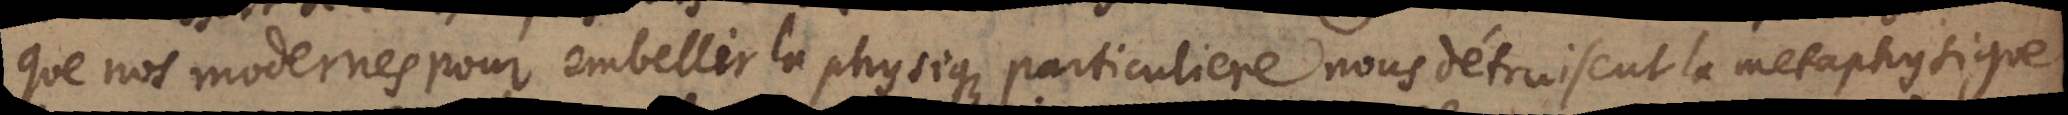
que nos modernes pour embellir la physique particuliere nous détruisent la metaphysique